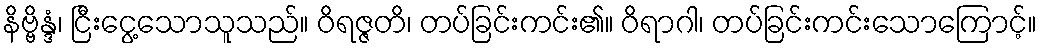
နိဗ္ဗိန္ဒံ၊ ငြီးငွေ့သောသူသည်။ ဝိရဇ္ဇတိ၊ တပ်ခြင်းကင်း၏။ ဝိရာဂါ၊ တပ်ခြင်းကင်းသောကြောင့်။